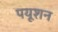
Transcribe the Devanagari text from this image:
पयूशन